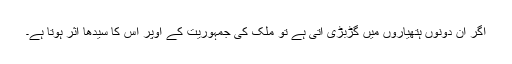
اگر ان دونوں ہتھیاروں میں گڑبڑی آتی ہے تو ملک کی جمہوریت کے اوپر اس کا سیدھا اثر ہوتا ہے۔